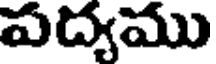
పద్యము